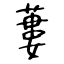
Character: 蔞